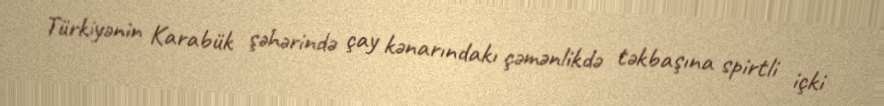
Türkiyənin Karabük şəhərində çay kənarındakı çəmənlikdə təkbaşına spirtli içki